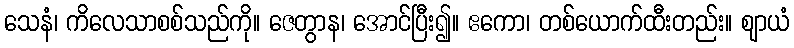
သေနံ၊ ကိလေသာစစ်သည်ကို။ ဇေတွာန၊ အောင်ပြီး၍။ ဧကော၊ တစ်ယောက်ထီးတည်း။ ဈာယံ